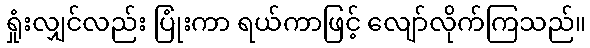
ရှုံးလျှင်လည်း ပြုံးကာ ရယ်ကာဖြင့် လျော်လိုက်ကြသည်။